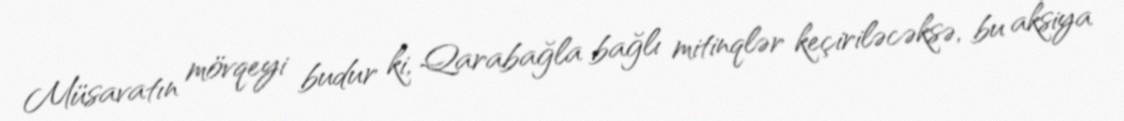
Müsavatın mövqeyi budur ki, Qarabağla bağlı mitinqlər keçiriləcəksə, bu aksiya